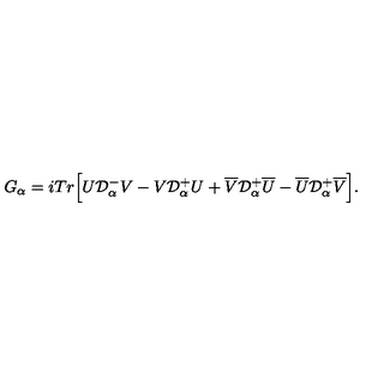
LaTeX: G _ { \alpha } = i T r \Big [ U { \cal D } _ { \alpha } ^ { - } V - V { \cal D } _ { \alpha } ^ { + } U + \overline { V } { \cal D } _ { \alpha } ^ { + } \overline { U } - \overline { U } { \cal D } _ { \alpha } ^ { + } \overline { V } \Big ] .